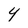
Character: 4